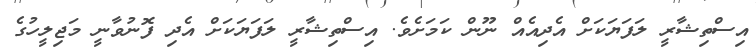
އިސްތިޝާރީ ލަފަޔަކަށް އެދިއެއް ނޫން ކަމަށެެވެ. އިސްތިޝާރީ ލަފަޔަކަށް އެދި ފޮނުވާނީ މަޖިލީހުގެ